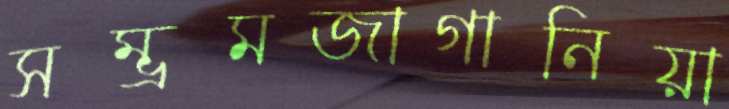
সম্ভ্রমজাগানিয়া